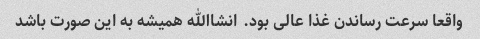
واقعا سرعت رساندن غذا عالی بود. انشاالله همیشه به این صورت باشد